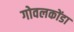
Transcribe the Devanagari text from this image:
गोवलकोंडा